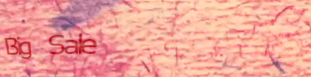
Big Sale